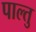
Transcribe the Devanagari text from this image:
पाल्तु